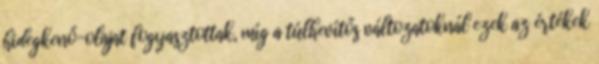
hidegkenő-olajat fogyasztottak, míg a túlhevítős változatoknál ezek az értékek